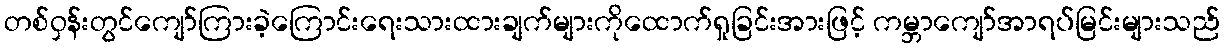
တစ်ဝှန်းတွင်ကျော်ကြားခဲ့ကြောင်းရေးသားထားချက်များကိုထောက်ရှုခြင်းအားဖြင့် ကမ္ဘာကျော်အာရပ်မြင်းများသည်